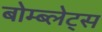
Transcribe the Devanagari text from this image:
बोम्ब्लेट्स